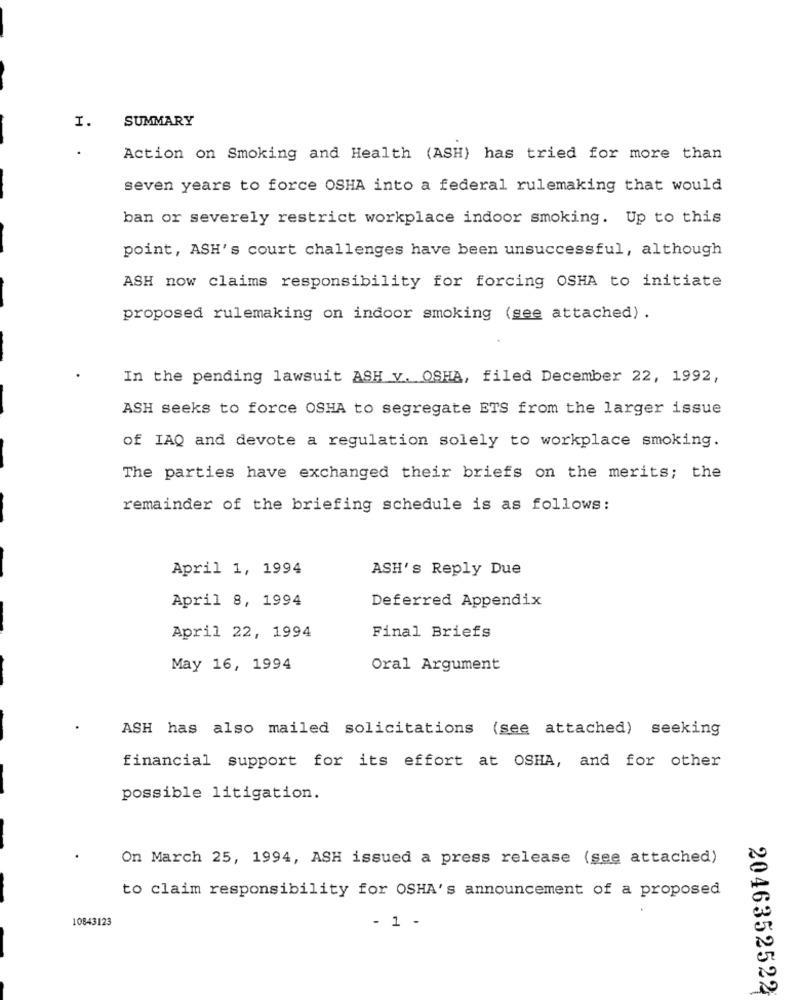
SUMMARY
I.
.
Action on Smoking and Health (ASH) has tried for more than
seven years to force OSHA into a federal rulemaking that would
ban or severely restrict workplace indoor smoking. Up to this
point, ASH's court challenges have been unsuccessful, although
ASH now claims responsibility for forcing OSHA to initiate
proposed rulemaking on indoor smoking (see attached) .
In the pending lawsuit ASH v. OSHA, filed December 22, 1992,
ASH seeks to force OSHA to segregate ETS from the larger issue
of IAQ and devote a regulation solely to workplace smoking.
The parties have exchanged their briefs on the merits; the
remainder of the briefing schedule is as follows:
April 1, 1994
ASH's Reply Due
April 8, 1994
Deferred Appendix
April 22, 1994
Final Briefs
May 16, 1994
Oral Argument
ASH has also mailed solicitations (see attached) seeking
financial support for its effort at OSHA, and for other
possible litigation.
On March 25, 1994, ASH issued a press release (see attached)
to claim responsibility for OSHA's announcement of a proposed
10843123
- 1 -
2046352522